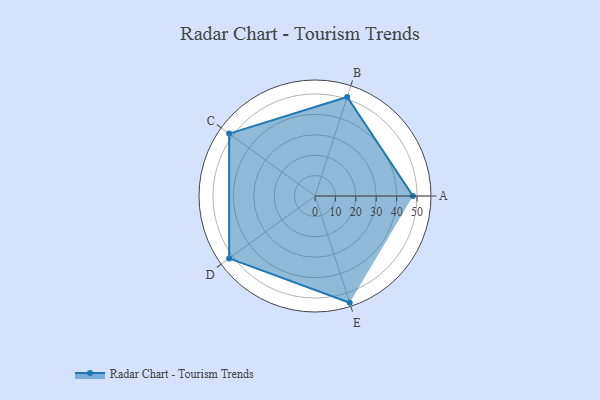
{"axis": {"x": "Skill", "y": "Score"}, "legend": ["Profile"], "data": [{"x": "A", "y": 48.0, "type": "Profile"}, {"x": "B", "y": 51.0, "type": "Profile"}, {"x": "C", "y": 52.0, "type": "Profile"}, {"x": "D", "y": 52.0, "type": "Profile"}, {"x": "E", "y": 55.0, "type": "Profile"}]}